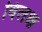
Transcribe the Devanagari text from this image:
विलक्ष